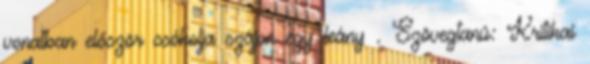
vonatban először csókolja szájon egy leány . Szövegtanú: Kritikai